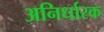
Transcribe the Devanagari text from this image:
अनिर्धारक